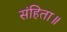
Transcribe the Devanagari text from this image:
संहिता॥